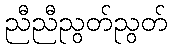
ညီညီညွတ်ညွတ်